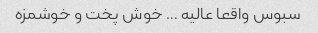
سبوس واقعا عالیه … خوش پخت و خوشمزه